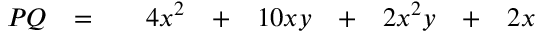
\begin{array} { r c c r c r c r c r } { P Q } & { = } & { } & { 4 x ^ { 2 } } & { + } & { 1 0 x y } & { + } & { 2 x ^ { 2 } y } & { + } & { 2 x } \end{array}